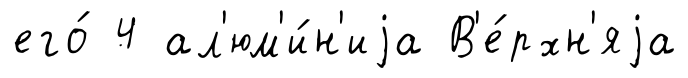
его́ 4 ал'юм'и́н'иjа В'е́рхн'яjа